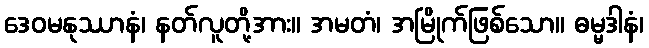
ဒေဝမနုဿာနံ၊ နတ်လူတို့အား။ အမတံ၊ အမြိုက်ဖြစ်သော။ ဓမ္မဒါနံ၊